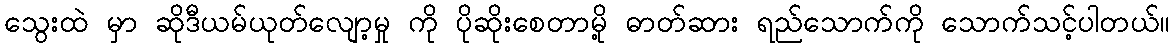
သွေးထဲ မှာ ဆိုဒီယမ်ယုတ်လျော့မှု ကို ပိုဆိုးစေတာမို့ ဓာတ်ဆား ရည်သောက်ကို သောက်သင့်ပါတယ်။